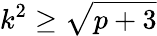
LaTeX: k^{2}\geq\sqrt{p+3}